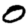
Digit: 0